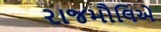
રાજમૌલિએ